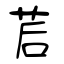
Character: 茩